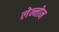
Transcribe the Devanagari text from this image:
लेन्नोन